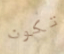
تكون